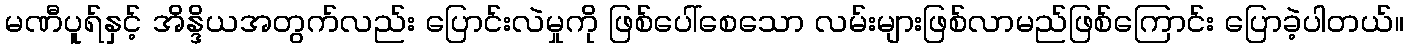
မဏီပူရ်နှင့် အိန္ဒိယအတွက်လည်း ပြောင်းလဲမှုကို ဖြစ်ပေါ်စေသော လမ်းများဖြစ်လာမည်ဖြစ်ကြောင်း ပြောခဲ့ပါတယ်။